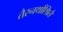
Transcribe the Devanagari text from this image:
तैरनर्थाश्रितै